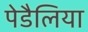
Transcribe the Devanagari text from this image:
पेडैलिया